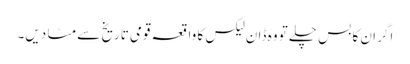
اگر ان کا بس چلے تو وہ ڈان لیکس کا واقعہ قومی تاریخ سے مٹا دیں۔